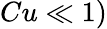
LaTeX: Cu\ll 1)